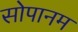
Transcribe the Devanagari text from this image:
सोपानम